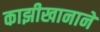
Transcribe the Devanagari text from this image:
काझीखानाने